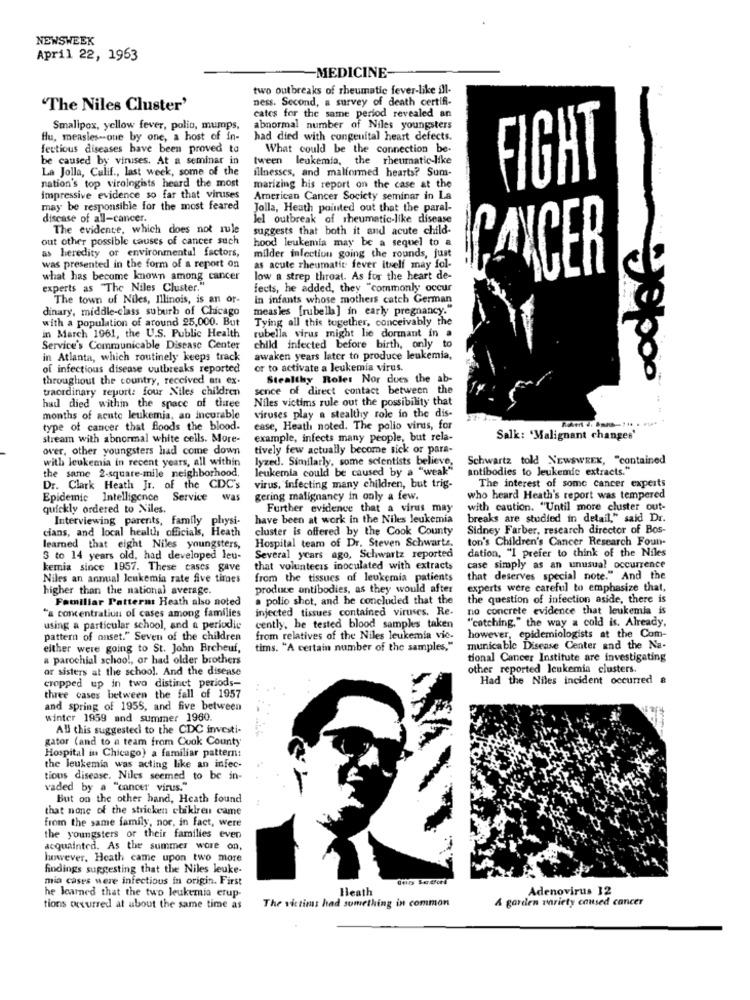
NEWSWEEK
April 22, 1963
-MEDICINE-
two outbreaks of rheumatic fever-like all-
ness. Second, a survey of death certifi-
"The Niles Cluster'
cates for the same period revealed an
Smallpox, yellow fever, polio, mumps,
abnormal number of Niles youngsters
flu, measles-one by one, a host of in-
had died with congenital heart defects.
fectious diseases have been proved to
What could be the connection be-
be caused by viruses. At a seminar in
tween leukemia, the rheumatic-like
La Jolla, Calif ., last week, some of the
illnesses, and malformed hearts? Sum-
FIGHT
nation's top virologists heard the most
marizing his report on the case at the
Impressive evidence so far that viruses
American Cancer Society seminar in La
may be responsible for the most feared
Jolla, Heath pointed out that the paral-
discase of all-cancer.
lel outbreak of rheumatic-like disease
The evidence, which does not rule
suggests that both it and acute child-
out other possible causes of cancer such
hood leukemia may be a sequel to &
as heredity of environmental factors,
milder infection going the rounds, just
was presented in the form of a report on
as acute rheumatit fever itself may fol-
CANCER
what has become known among cancer
low a strep throat. As for the heart de-
experts as "The Niles Cluster."
fects, he added, they "commonly occur
The town of Niles, Illinois, is an or-
In infants whose mothers catch German
dinary, middle-class suburb of Chicago
measles [rubella] in early pregnancy."
with a population of around 25,000. But
Tying all this together, conceivably the
in March 1961, the U.S. Public Health
rubella virus might lie dormant in a
Service's Communicable Disease Center
child infected before birth, only to
in Atlanta, which routinely keeps track
awaken years later to produce leukemia,
of infectious disease outbreaks reported
or to activate a leukemia virus.
throughout the country, received an ex-
Stealthy Roles Nor does the ab-
traordinary report: four Niles children
sence of direct contact between the
had died within the space of three
Niles victims rule out the possibility that
viruses play a stealthy role in the dis-
months of acute leukemia, an incurable
type of cancer that floods the blood.
case, Heath noted. The polio virus, for
stream with abnormal white cells. More-
example, infects many people, but rela-
Salk: 'Malignant changes'
over, other youngsters had come down
tively few actually become sick or para-
with leukemia in recent years, all within
lyzed. Similarly, some scientists believe, Schwartz told NEWSWEEK, "contained
e same 2-square-mile neighborhood
leukemia could be caused by a "weak"
antibodies to leukemic extracts."
Dr. Clark Heath Jr. of the CDC's
virus, Infecting many children, but trig-
The interest of some cancer experts
Epidemic Intelligence
Service
was
gering malignancy in only a few.
who heard Heath's report was tempered
quickly ordered to Niles.
Further evidence that a virus may
with caution. "Until more cluster out-
Interviewing parents, family physi-
have been at work in the Niles leukemia
breaks are studied in detail," said Dr.
cians, and local health officials, Heath
cluster is offered by the Cook County
Sidney Farber, research director of Bos-
ton's Children's Cancer Research Foun-
learned that eight Niles youngsters,
Hospital team of Dr. Steven Schwartz.
dation, "I prefer to think of the Niles
3 to 14 years old, had developed leu-
Several years ago, Schwartz reported
kemia since 1957. These cases gave
that volunteers inoculated with extracts
case simply as an unusual occurrence
Niles an annual leukemia rate five times
from the tissues of leukemia patients
that deserves special note." And the
higher than the national average.
produce antibodies, as they would after
experts were careful to emphasize that,
Familiar Pattern: Heath also noted
a polio shot, and he concluded that the
the question of infection aside, there is
injected tissues contained viruses. Re-
no concrete evidence that leukemia is
"a concentration of cases among families
"catching," the way a cold is. Already,
using a particular school, and a periodic
cently, he tested blood samples taken
pattern of onset." Seven of the children
from relatives of the Niles leukemia vic.
however, epidemiologists at the Com-
either were going to St. John Brcheuf,
tims. "A certain number of the samples,"
municable Disease Center and the Na-
a parochial school, or had older brothers
tional Cancer Institute are investigating
or sisters at the school. And the disease
other reported leukemia clusters.
cropped up in two distinct periods-
Had the Niles incident occurred
three cases between the fall of 1957
and spring of 1955, and five between
winter 1959 and summer 1960.
All this suggestedi to the CDC investi-
gator (and to a team from Cook County
Hospital in Chicago) a familiar pattern:
the leukemia was acting like an infec-
tions disease. Niles seemed to be in-
vaded by a "cancer virus."
But on the other hand, Heath found
that none of the stricken chiklren came
from the same family, nor, in fact, were
the youngsters or their families even
acquainted. As the summer wore on,
however, Heath came upon two more
findings suggesting that the Niles leuke-
mia cases were infectious in origin. First
Heath
Adenovirus 12
he learned that the two leukemia erup-
& garden variety caused cancer
tions occurred at about the same time as
The victims had something in common